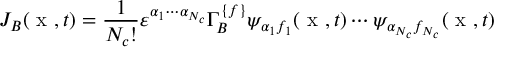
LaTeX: J _ { B } ( \mathrm { \boldmath ~ x ~ } , t ) = \frac { 1 } { N _ { c } ! } \varepsilon ^ { \alpha _ { 1 } \cdots \alpha _ { N _ { c } } } \Gamma _ { B } ^ { \{ f \} } \psi _ { \alpha _ { 1 } f _ { 1 } } ( \mathrm { \boldmath ~ x ~ } , t ) \cdots \psi _ { \alpha _ { N _ { c } } f _ { N _ { c } } } ( \mathrm { \boldmath ~ x ~ } , t )